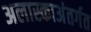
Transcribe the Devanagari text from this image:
अलास्काअंतर्गत